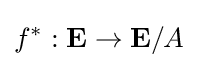
f^{*}:\mathbf {E} \rightarrow \mathbf {E} /A